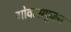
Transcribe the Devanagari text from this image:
गोवत्सपूजन